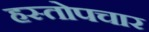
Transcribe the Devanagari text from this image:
हस्तोपचार